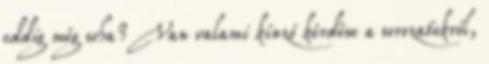
eddig még soha? Van valami kínzó kérdése a sorozatokról,